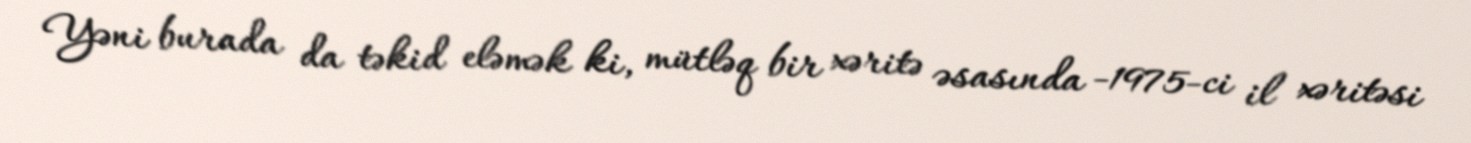
Yəni burada da təkid eləmək ki, mütləq bir xəritə əsasında -1975-ci il xəritəsi